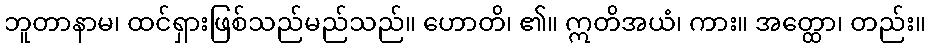
ဘူတာနာမ၊ ထင်ရှားဖြစ်သည်မည်သည်။ ဟောတိ၊ ၏။ ဣတိအယံ၊ ကား။ အတ္ထော၊ တည်း။